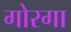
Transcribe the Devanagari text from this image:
गोरगा